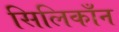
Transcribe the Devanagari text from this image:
सिलिकाँन